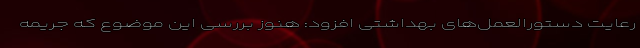
رعایت دستورالعمل‌های بهداشتی افزود: هنوز بررسی این موضوع که جریمه‌